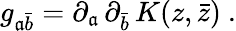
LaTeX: g_{\mathfrak{a}\bar{{b}}}=\partial_{\mathfrak{a}}\, \partial_{\bar{{b}}}\, K(z,\bar{{z}})\ .